Regulations for the medical services of the Army of India
Year: 1930
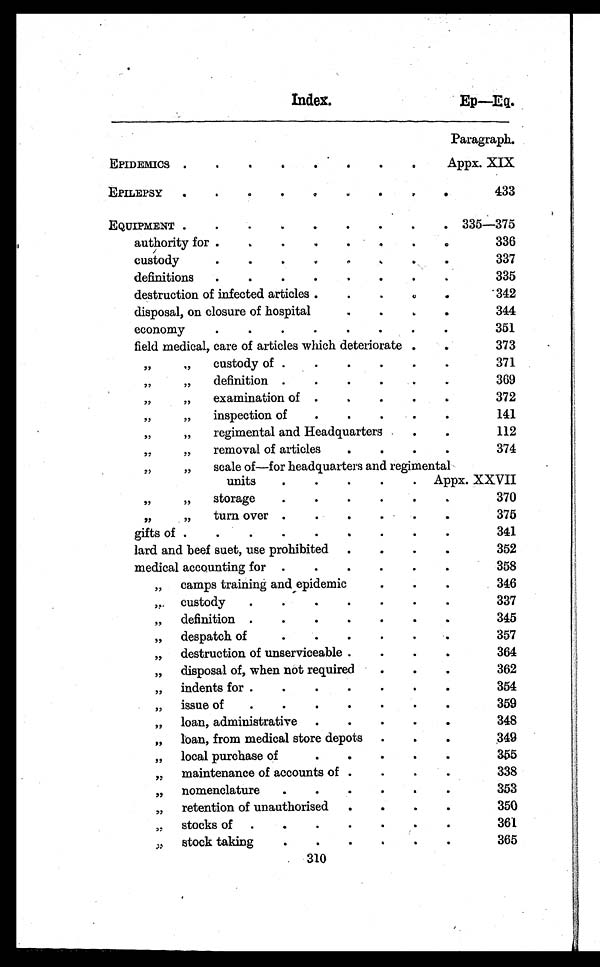
Index.
EP—Eq.
Paragraph.
EPIDEMICS.
.
.
.
.
.
.
.
Appx. XIX
EPILEPSY .
.
.
.
.
.
.
.
.
433
EQUIPMENT .
.
.
.
.
.
.
.
. 335—375
authority for .
.
.
.
.
.
.
.
336
custody
.
.
.
.
.
. .
.
337
definitions
.
.
.
.
.
.
.
.
335
destruction of infected articles .
.
. .
.
342
disposal, on closure of hospital
.
.
.
.
344
economy
.
.
.
.
.
.
.
.
351
field medical, care of articles which deteriorate .
.
373
, ,
,,
custody of .
.
.
.
.
.
371
„
„
definition .
.
.
.
.
369
„
„
examination of .
.
.
.
.
372
, ,
„
inspection of
.
.
.
.
.
141
, ,
„
regimental and Headquarters
.
.
112
„
„
removal of articles
.
.
.
.
374
„
„
scale of—for headquarters and regimental
units
.
.
.
.
. Appx. XXVII
,,
„
storage
.
.
.
.
.
.
370
, ,
„
turn over .
.
.
. .
.
375
gifts of .
.
.
.
.
.
.
.
.
341
lard and beef suet, use prohibited .
.
.
.
352
medical accounting for .
.
.
.
.
.
358
,, camps training and epidemic
.
.
.
346
,, custody
.
.
.
.
.
.
.
337
„ definition .
.
.
.
.
.
.
345
„ despatch of
.
.
.
.
.
357
,, destruction of unserviceable .
.
.
.
364
„ disposal of, when not required
.
.
.
362
„ indents for .
.
.
.
.
.
.
354
„ issue of
.
.
.
.
.
.
.
359
,, loan, administrative .
.
. .
.
348
„ loan, from medical store depots .
.
.
349
„ local purchase of
.
.
.
.
.
355
,, maintenance of accounts of .
.
.
.
338
„ nomenclature
.
.
.
.
.
.
353
„ retention of unauthorised .
.
.
.
350
„ stocks of .
.
.
.
.
.
.
361
„ stock taking
.
.
.
.
.
.
365
310